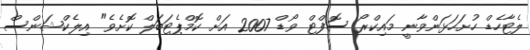
ލެޓާހެޑް ހުށަހަޅަންވާނީ މައިކްރޯ ސޮފްޓް ވޯޑް 2007 އަށް ކޮމްޕެޓަބަލް ކޮށެވެ" އިލެކްޝަންސް